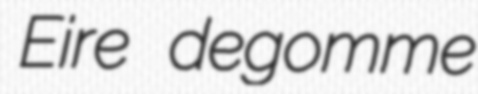
Eire degomme